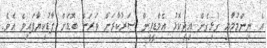
އެ ނިންމުމާއި ގުޅިގެން އިިދިކޮޅު އެމްޑީޕީން ސަރުކާރަށް ވަރަށް ބޮޑަށް ފާޑުކިޔާފައިވެ އެވެ.